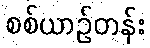
စစ်ယာဉ်တန်း